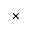
\times